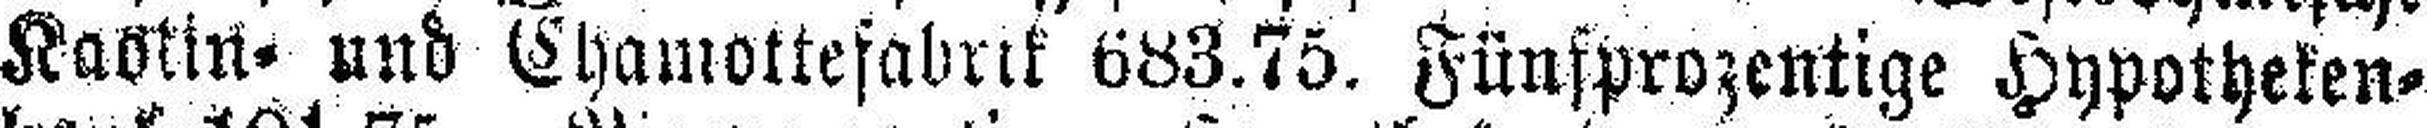
Kaotin= und Chamottefabrik 683.75. Fünfprozentige Hypotheken¬